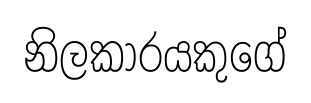
නිලකාරයකුගේ